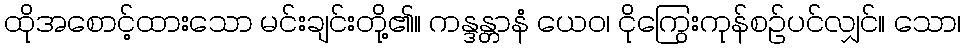
ထိုအစောင့်ထားသော မင်းချင်းတို့၏။ ကန္ဒန္တာနံ ယေဝ၊ ငိုကြွေးကုန်စဉ်ပင်လျှင်။ သော၊